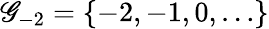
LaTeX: \mathscr{G}_{-2}=\{ -2,-1,0,\ldots\}